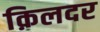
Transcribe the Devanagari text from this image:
क़िलदर